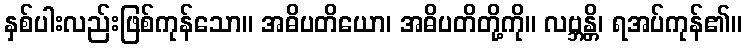
နှစ်ပါးလည်းဖြစ်ကုန်သော။ အဓိပတိယော၊ အဓိပတိတို့ကို။ လဗ္ဘန္တိ၊ ရအပ်ကုန်၏။